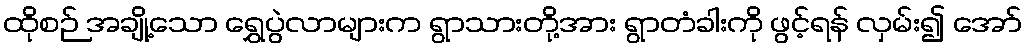
ထိုစဉ် အချို့သော ရွှေပွဲလာများက ရွာသားတို့အား ရွာတံခါးကို ဖွင့်ရန် လှမ်း၍ အော်